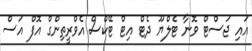
އައި ޖަސްޓް ވޮނާ ޓެލްޔޫ ދެޓް އިޓް ޓޭކްސް އެވްރީތިންގް އޮފް އަސް